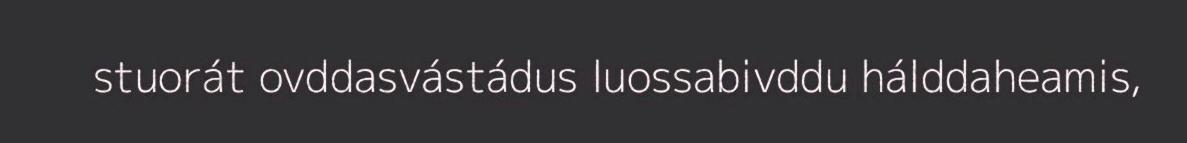
stuorát ovddasvástádus luossabivddu hálddaheamis,